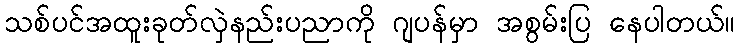
သစ်ပင်အထူးခုတ်လှဲနည်းပညာကို ဂျပန်မှာ အစွမ်းပြ နေပါတယ်။